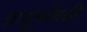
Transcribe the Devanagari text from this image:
प्रादुर्भावही